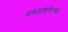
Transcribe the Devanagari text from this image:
मस्तावलेल्या